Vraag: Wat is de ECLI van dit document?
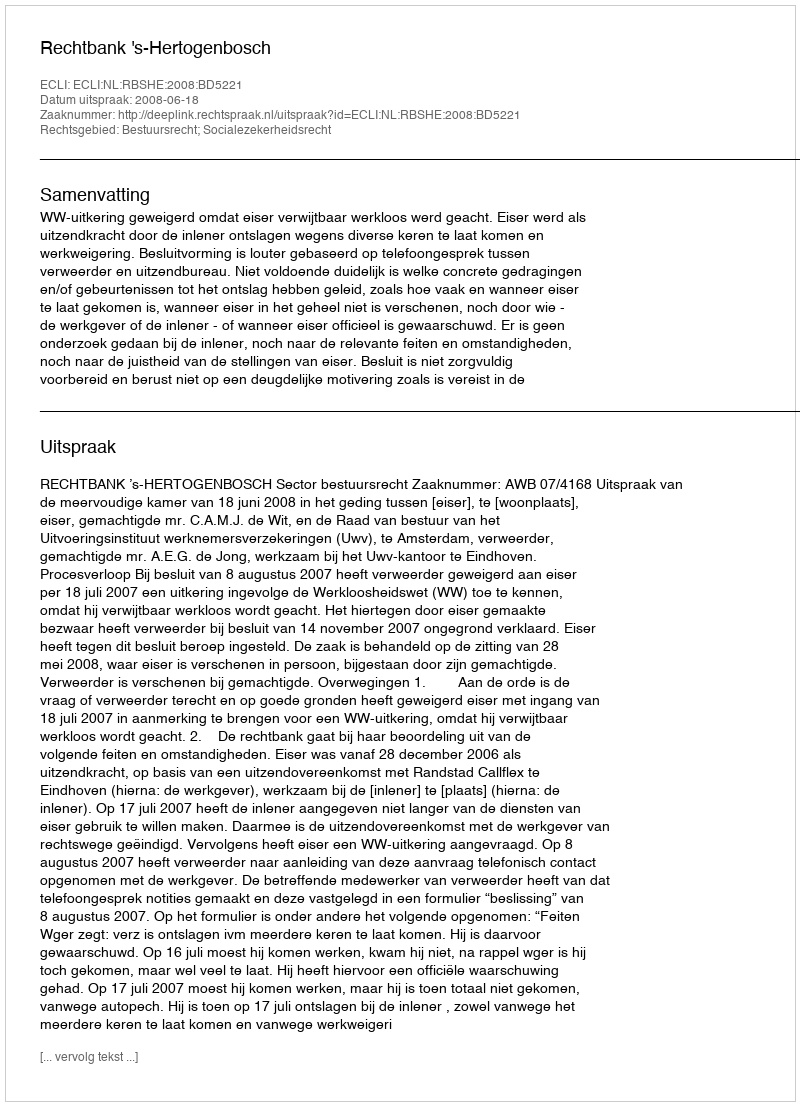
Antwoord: ECLI:NL:RBSHE:2008:BD5221